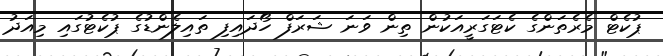
ޕުކެޓް މެރެތަންގެ ކެޓަގަރީއަކުން ތިން ވަނަ ޝަރަފް ހޯދައިފި ތައިލެންޑުގެ ޕުކެޓުގައި މިއަދު